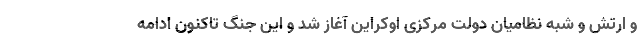
و ارتش و شبه نظامیان دولت مرکزی اوکراین آغاز شد و این جنگ تاکنون ادامه